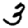
Digit: 3